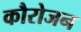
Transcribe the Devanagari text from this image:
कौरोजन